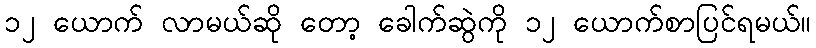
၁၂ ယောက် လာမယ်ဆို တော့ ခေါက်ဆွဲကို ၁၂ ယောက်စာပြင်ရမယ်။